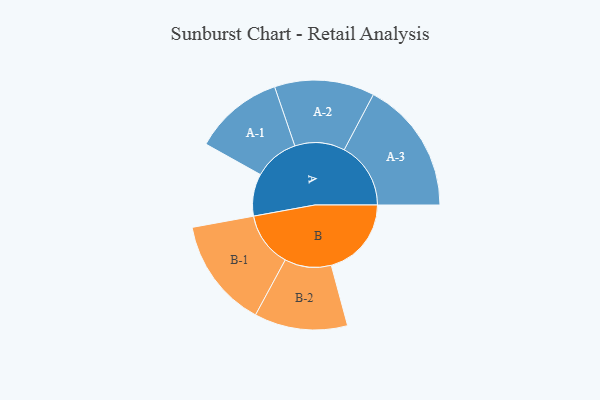
{"axis": {"x": "Segment", "y": "Value"}, "legend": ["", "A", "B"], "data": [{"x": "A", "y": 174, "type": ""}, {"x": "B", "y": 330, "type": ""}, {"x": "A-1", "y": 185, "type": "A"}, {"x": "A-2", "y": 206, "type": "A"}, {"x": "A-3", "y": 274, "type": "A"}, {"x": "B-1", "y": 226, "type": "B"}, {"x": "B-2", "y": 192, "type": "B"}]}